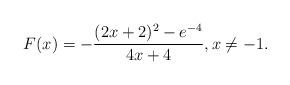
LaTeX: \begin{align*}F(x) = - \frac{(2x+2)^2 -e^{-4}}{4x + 4}, x \ne -1.\end{align*}